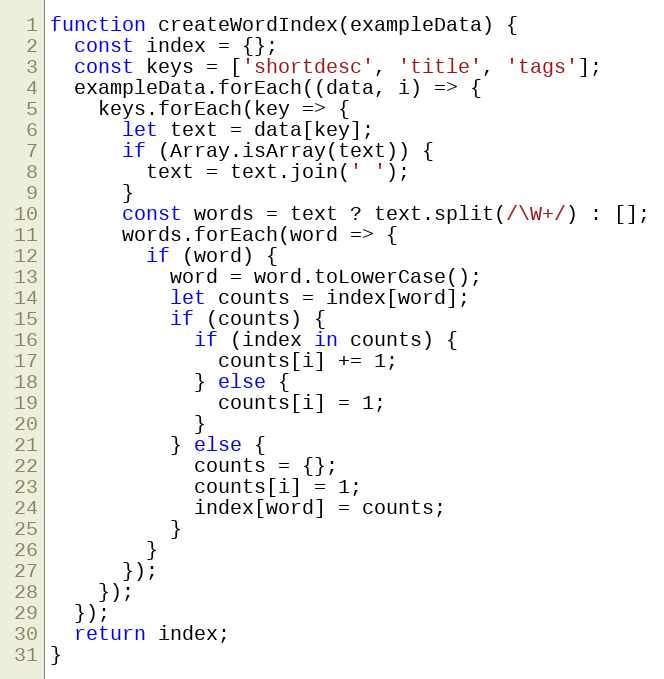
Language: JavaScript
function createWordIndex(exampleData) {
  const index = {};
  const keys = ['shortdesc', 'title', 'tags'];
  exampleData.forEach((data, i) => {
    keys.forEach(key => {
      let text = data[key];
      if (Array.isArray(text)) {
        text = text.join(' ');
      }
      const words = text ? text.split(/\W+/) : [];
      words.forEach(word => {
        if (word) {
          word = word.toLowerCase();
          let counts = index[word];
          if (counts) {
            if (index in counts) {
              counts[i] += 1;
            } else {
              counts[i] = 1;
            }
          } else {
            counts = {};
            counts[i] = 1;
            index[word] = counts;
          }
        }
      });
    });
  });
  return index;
}